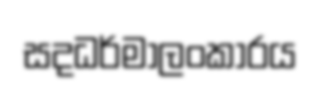
සදධර්මාලංකාරය